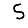
Digit: 5